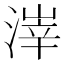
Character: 𪶱